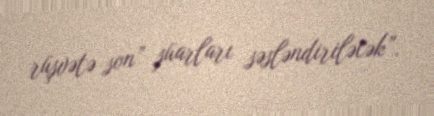
rüşvətə son” şüarları səsləndiriləcək”.